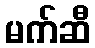
မက်ဆီ